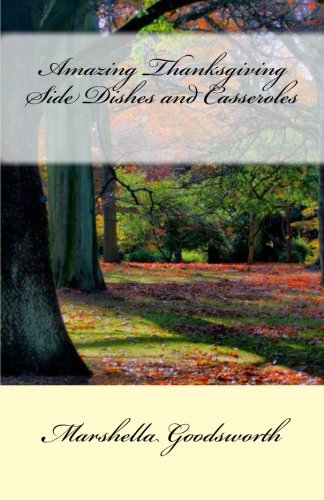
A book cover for Amazing Thanksgiving Side Dishes and Casseroles; Marshella Goodsworth; Cookbooks, Food & Wine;